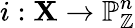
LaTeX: i:\mathbf{X}\to\mathbb{{P}}_{\mathbb{{Z}}}^{n}